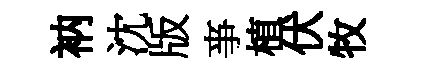
衲沈版亊植伏牧